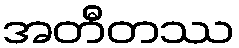
အတီတဿ